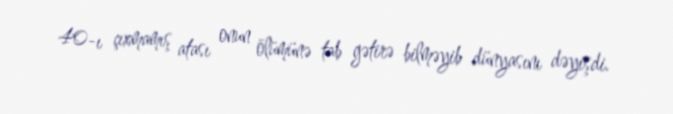
40-ı çıxmamış atası onun ölümünə tab gətirə bilməyib dünyasını dəyişdi.